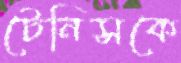
টেনিসকে